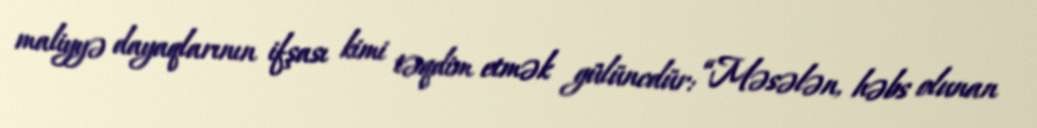
maliyyə dayaqlarının ifşası kimi təqdim etmək gülüncdür: “Məsələn, həbs olunan